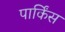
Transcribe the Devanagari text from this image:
पार्किंस